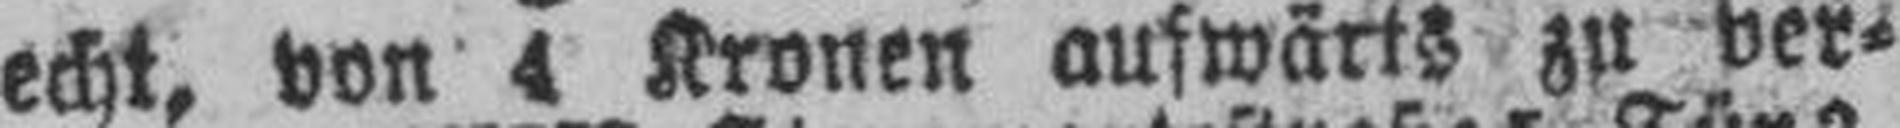
echt, von 4 Kronen aufwärts zu ver¬